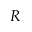
R